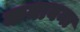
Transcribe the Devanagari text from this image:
कबाबना